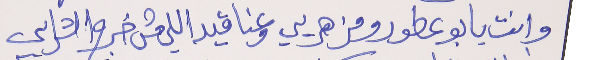
وانت يا بو عطور ومزهريي     وعناقيد اللي مش خرج الشرايي